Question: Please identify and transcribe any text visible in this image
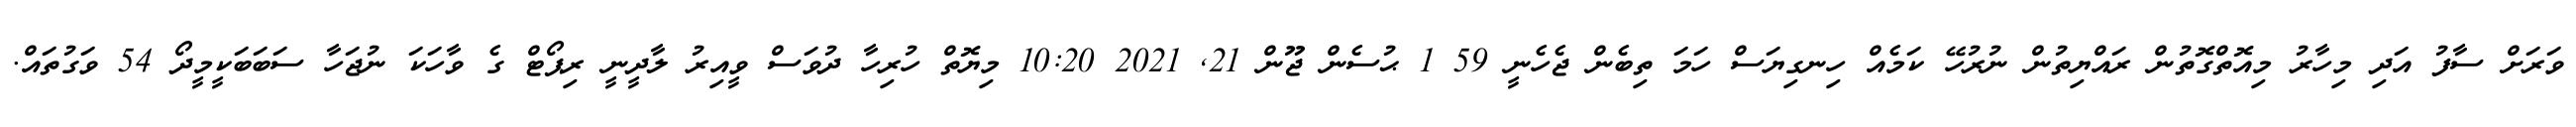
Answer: ވަރަށް ސާފު އަދި މިހާރު މިއޮތްގޮތުން ރައްޔިތުން ނުރުހޭ ކަމެއް ހިނގިޔަސް ހަމަ ތިބެން ޖެހެނީ 59 1 ޙުސެން ޖޫން 21, 2021 10:20 މިޔޮތް ހުރިހާ ދުވަސް ވީއިރު ލާދީނީ ރިޕޯޓް ގެ ވާހަކަ ނުޖަހާ ސަބަބަކީމީދޯ 54 ވަގުތައް.